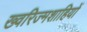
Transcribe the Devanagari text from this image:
ख्वरिज्मशाहियों